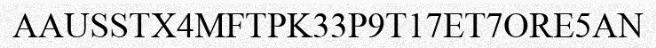
AAUSSTX4MFTPK33P9T17ET7ORE5AN